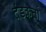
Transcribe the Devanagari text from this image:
दंडकर्त्ता